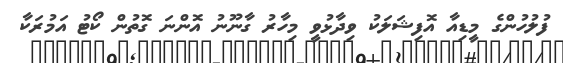
ފުލުހުންގެ މީޑިއާ އޮފިޝަލަކު ވިދާޅުވީ މިހާރު ގާނޫނު އޮންނަ ގޮތުން ކޯޓު އަމުރަކާ